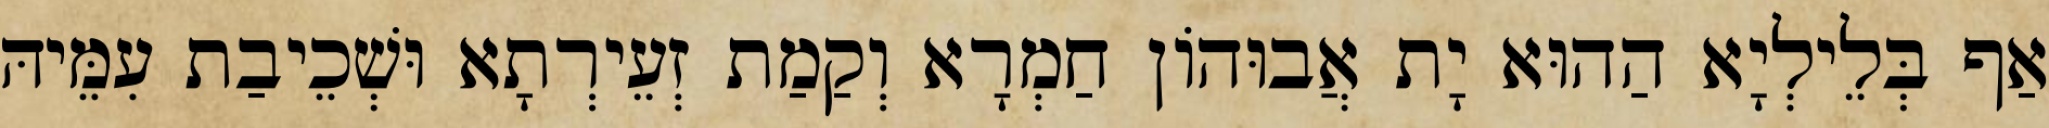
אַף בְּלֵילְיָא הַהוּא יָת אֲבוּהוֹן חַמְרָא וְקַמַת זְעֵירְתָא וּשְׁכֵיבַת עִמֵּיהּ